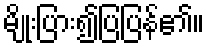
မျိုးပြား၍ပြပြန်၏။